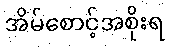
အိမ်စောင့်အစိုးရ